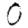
Digit: 0